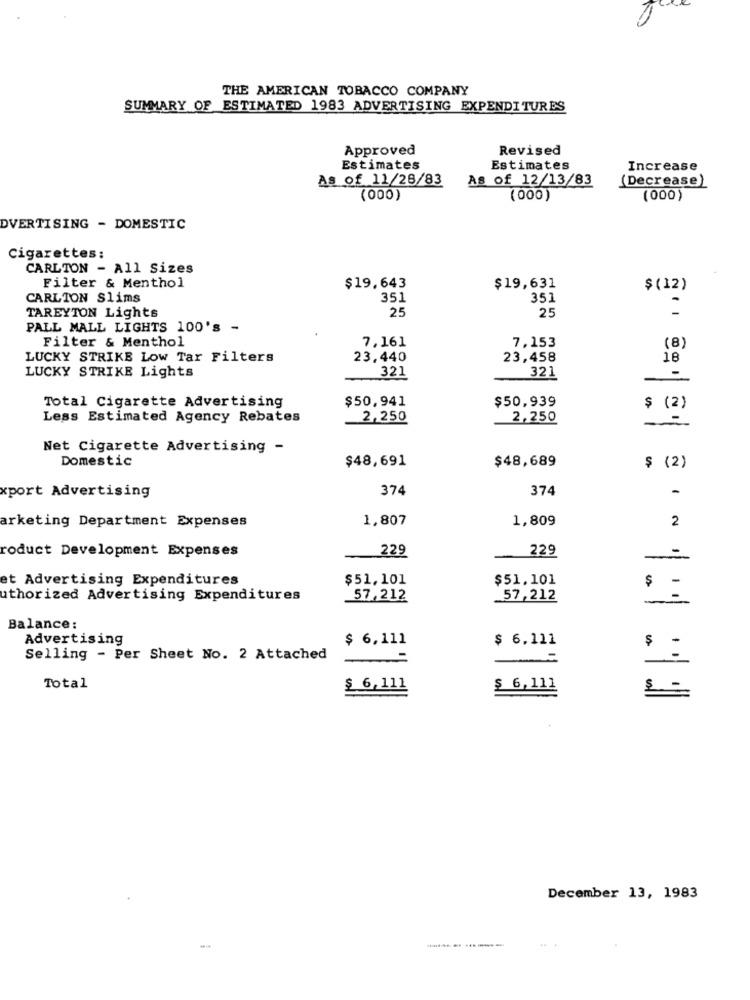
THE AMERICAN TOBACCO COMPANY
SUMMARY OF ESTIMATED 1983 ADVERTISING EXPENDITURES
Approved
Revised
Estimates
Estimates
Increase
As of 11/28/83
As of 12/13/83
(Decrease)
(000)
(000)
(000)
DVERTISING - DOMESTIC
Cigarettes:
CARLTON - All Sizes
Filter & Menthol
$19.643
$19,631
$(12)
CARLION Slims
351
351
25
25
TAREYTON Lights
PALL MALL LIGHTS 100's -
Filter & Menthol
7,161
7.153
(8)
LUCKY STRIKE Low Tar Filters
23,440
23,458
18
LUCKY STRIKE Lights
321
321
-
Total Cigarette Advertising
$50,941
$50,939
$ (2)
Less Estimated Agency Rebates
2,250
2,250
Net Cigarette Advertising -
Domestic
$48,691
$48,689
$ (2)
374
374
-
xport Advertising
1,807
1,809
2
arketing Department Expenses
roduct Development Expenses
_229
229
=
et Advertising Expenditures
$51,101
$51,101
uthorized Advertising Expenditures
57,212
57,212
$ =
Balance:
Advertising
$ 6,111
$ 6,111
$ -
Selling - Per Sheet No. 2 Attached
Total
$ 6,111
$ 6,111
December 13, 1983
-